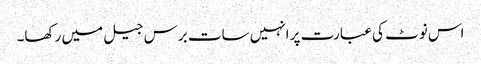
اس نوٹ کی عبارت پر انہیں سات برس جیل میں رکھا۔